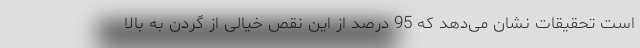
است تحقیقات نشان می‌دهد که 95 درصد از این نقص خیالی از گردن به بالا